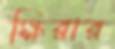
ক্ষিরার